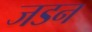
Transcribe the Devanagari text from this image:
जडन